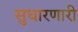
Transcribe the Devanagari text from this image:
सुधारणारी